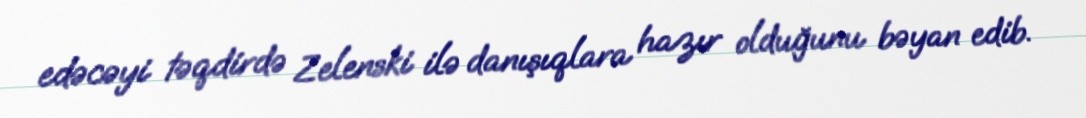
edəcəyi təqdirdə Zelenski ilə danışıqlara hazır olduğunu bəyan edib.